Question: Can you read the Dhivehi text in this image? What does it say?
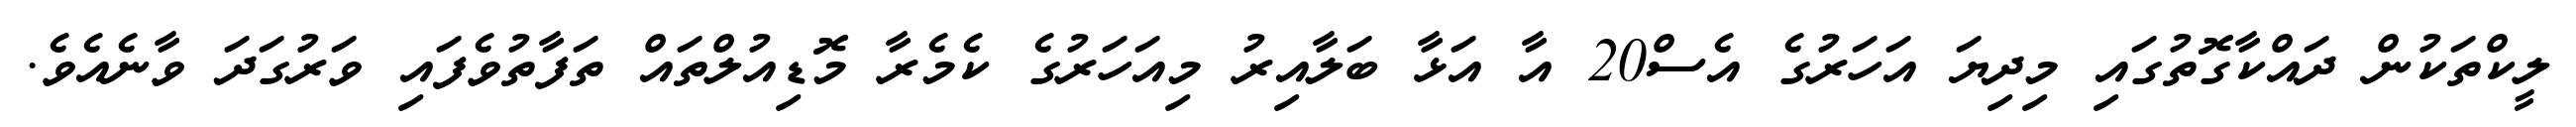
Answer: ލީކްތަކުން ދައްކާގޮތުގައި މިދިޔަ އަހަރުގެ އެސް20 އާ އަޅާ ބަލާއިރު މިއަހަރުގެ ކެމެރާ މޮޑިއުލްތައް ތަފާތުވެފައި ވަރުގަދަ ވާނެއެވެ.